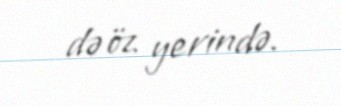
də öz yerində.